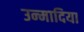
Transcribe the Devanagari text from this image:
उन्मादिया